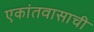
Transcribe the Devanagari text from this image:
एकांतवासाची